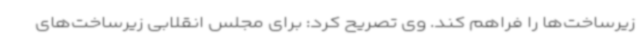
زیرساخت‌ها را فراهم کند. وی تصریح کرد: برای مجلس انقلابی زیرساخت‌های